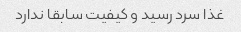
غذا سرد رسید و کیفیت سابقا ندارد